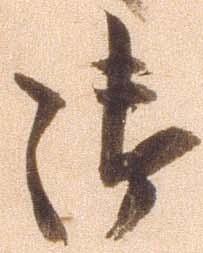
御